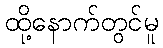
ထို့နောက်တွင်မူ